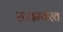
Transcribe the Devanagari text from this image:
समभ्यस्त